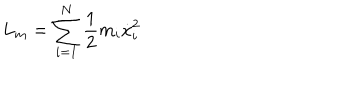
LaTeX: L _ { m } = \sum _ { i = 1 } ^ { N } \frac { 1 } { 2 } m _ { i } \dot { x } _ { i } ^ { 2 }